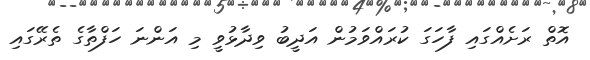
އޮތް ރަށެއްގައި ފާހަގަ ކުރައްވަމުން އަދީބު ވިދާޅުވީ މި އަންނަ ހަފްތާގެ ތެރޭގައި